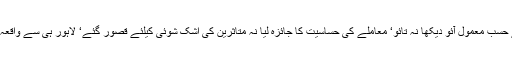
وزیراعلیٰ پنجاب میاں شہبازشریف نے حسب معمول آئو دیکھا نہ تائو‘ معاملے کی حساسیت کا جائزہ لیا نہ متاثرین کی اشک شوئی کیلئے قصور گئے‘ لاہور ہی سے واقعہ کی جوڈیشل انکوائری کا اعلان کر دیا۔